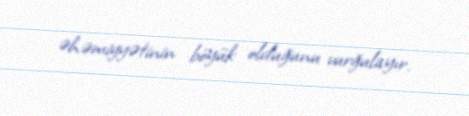
əhəmiyyətinin böyük olduğunu vurğulayır.